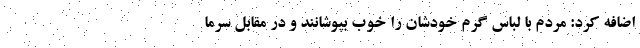
اضافه کرد: مردم با لباس گرم خودشان را خوب بپوشانند و در مقابل سرما